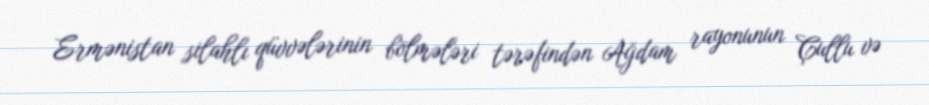
Ermənistan silahlı qüvvələrinin bölmələri tərəfindən Ağdam rayonunun Çullu və